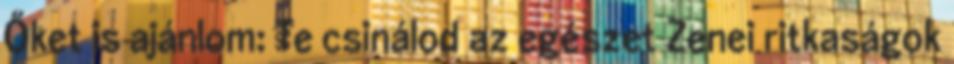
Őket is ajánlom: Te csinálod az egészet Zenei ritkaságok